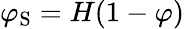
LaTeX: \varphi_{\mathrm{{S}}}=H(1-\varphi)